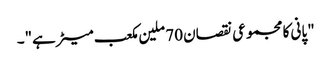
"پانی کا مجموعی نقصان 70 ملین مکعب میٹر ہے"۔